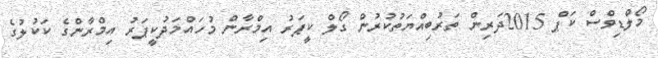
މޯލްޑިވްސް ކަޕް 2015ދަރިން ތަރުބިއްޔަތުކުރުން ގޯލް ކީޕަރު އިމްރާން މުހައްމަދުކީޕަރު އިމްރާންގެ ކަކުލުގެ